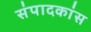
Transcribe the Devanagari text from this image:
संपादकांस